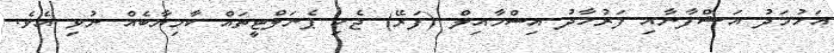
އަހުމަދު އަޝްފާނާއި ފަރުހާދު އިސްމާއިލް (ފަރޭ) ޖެހި ޕެނަލްޓީތައް ކާމިޔާބެއް ނުވި އެވެ.